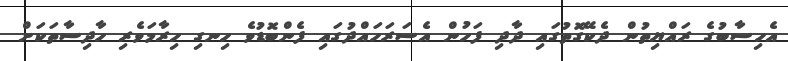
އެހިސާބުގެ ރައްޔިތުން ދެކޭގޮތުގައި ދާދި ފަހުން އެސަރަހައްދުގައި ފެންބޮޑުވެ ހިނގި ހިރާމަވެރި ހާދިސާތަކަށް